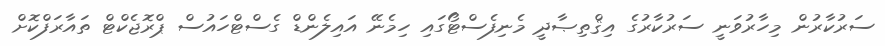
ސަރުކާރުން މިހާރުވަނީ ސަރުކާރުގެ އިޤްތިޞާދީ މެނިފެސްޓޯގައި ހިމެނޭ އައިލެންޑް ގެސްޓްހައުސް ޕްރޮޖެކްޓް ތައާރަފްކޮށް